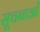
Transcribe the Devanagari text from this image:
सूचनाओें